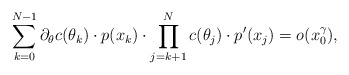
\begin{align*}\sum \limits_{k=0}^{N-1} \partial_\theta c(\theta_k) \cdot p(x_k) \cdot \prod \limits_{j=k+1}^{N} c(\theta_j) \cdot p'(x_j) = o(x_0^\gamma),\end{align*}